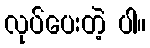
လုပ်ပေးတဲ့ ပါ။